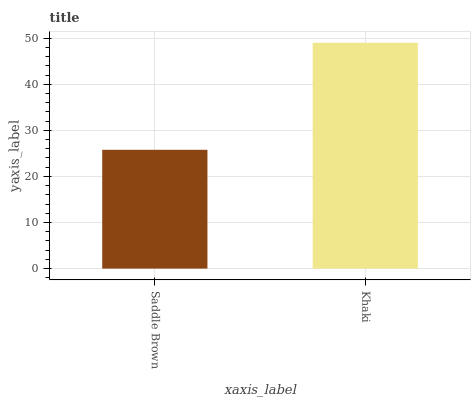
| xaxis_label | bars |
 | --- | --- |
 | Saddle Brown | 25.8 |
 | Khaki | 49 |